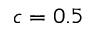
c = 0 . 5